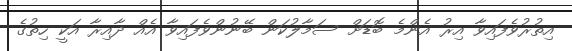
އިތުރުވެފައިވާ އިރު އެންމެ ބޮޑަށް ސަމާލުކަން ބޭނުންވެފައިވާ އެއް ދާއިރާ އަކީ ހިތުގެ